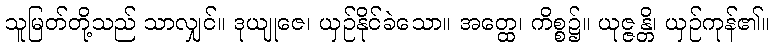
သူမြတ်တို့သည် သာလျှင်။ ဒုယျုဇေ၊ ယှဉ်နိုင်ခဲသော။ အတ္ထေ၊ ကိစ္စ၌။ ယုဇ္ဇန္တိ၊ ယှဉ်ကုန်၏။